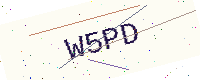
Text: W5PD